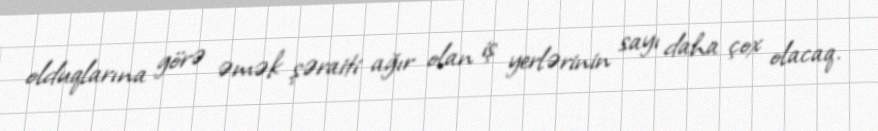
olduqlarına görə əmək şəraiti ağır olan iş yerlərinin sayı daha çox olacaq.